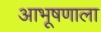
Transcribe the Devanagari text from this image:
आभूषणाला